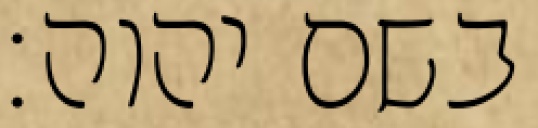
בשם יהוה׃